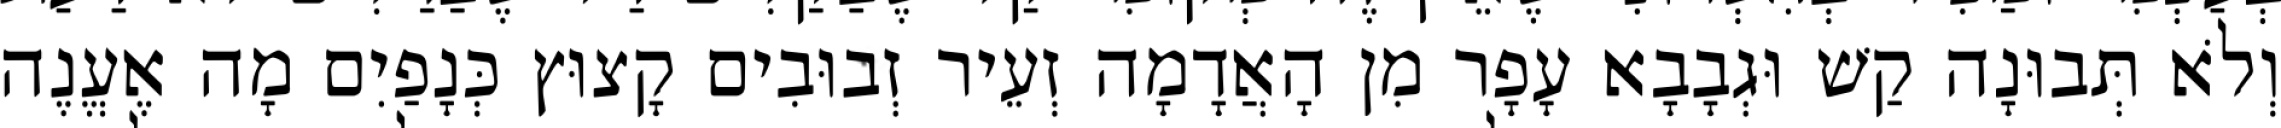
וְלֹא תְּבוּנָה קַשׁ וּגְבָבָא עָפָר מִן הָאֲדָמָה זְעֵיר זְבוּבִים קָצוּץ כְּנָפַיִם מָה אֶעֱנֶה